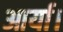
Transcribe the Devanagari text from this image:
आर्या।